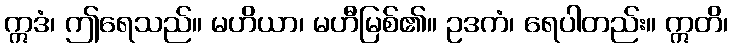
ဣဒံ၊ ဤရေသည်။ မဟိယာ၊ မဟီမြစ်၏။ ဥဒကံ၊ ရေပါတည်း။ ဣတိ၊